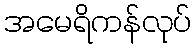
အမေရိကန်လုပ်